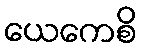
ယေကေစိ